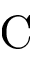
\mathrm { C }